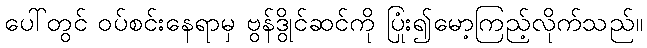
ပေါ်တွင် ဝပ်စင်းနေရာမှ ဗွန်ဒွိုင်ဆင်ကို ပြုံး၍မော့ကြည့်လိုက်သည်။